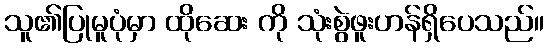
သူ၏ပြုမူပုံမှာ ထိုဆေး ကို သုံးစွဲဖူးဟန်ရှိပေသည်။